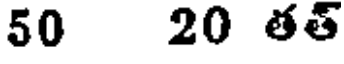
50 20 తత్